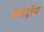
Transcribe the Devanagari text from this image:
कॅलट्रॉप्स